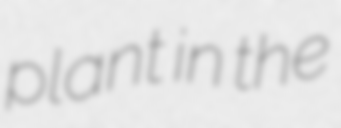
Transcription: plant in the